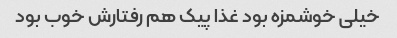
خیلی خوشمزه بود غذا پیک هم رفتارش خوب بود